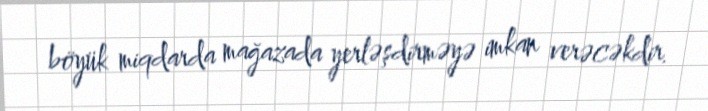
böyük miqdarda mağazada yerləşdirməyə imkan verəcəkdir.